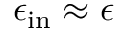
\epsilon _ { \mathrm { i n } } \approx \epsilon